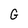
Character: G